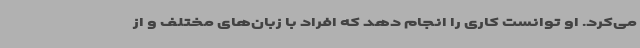
می‌کرد. او توانست کاری را انجام دهد که افراد با زبان‌های مختلف و از